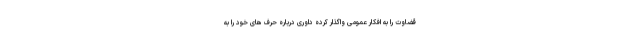
قضاوت را به افکار عمومی واگذار کرده داوری درباره حرف های خود را به